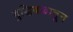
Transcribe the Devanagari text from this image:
बुद्धिबळातून